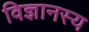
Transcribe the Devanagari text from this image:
विज्ञानस्य